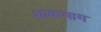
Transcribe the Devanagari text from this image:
शाकभाग